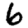
Digit: 6